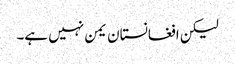
لیکن افغانستان یمن نہیں ہے۔